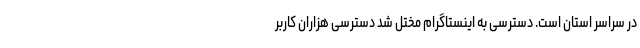
در سراسر استان است. دسترسی به اینستاگرام مختل شد دسترسی هزاران کاربر